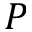
P